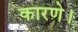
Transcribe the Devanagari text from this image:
कारणे।